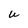
Character: U